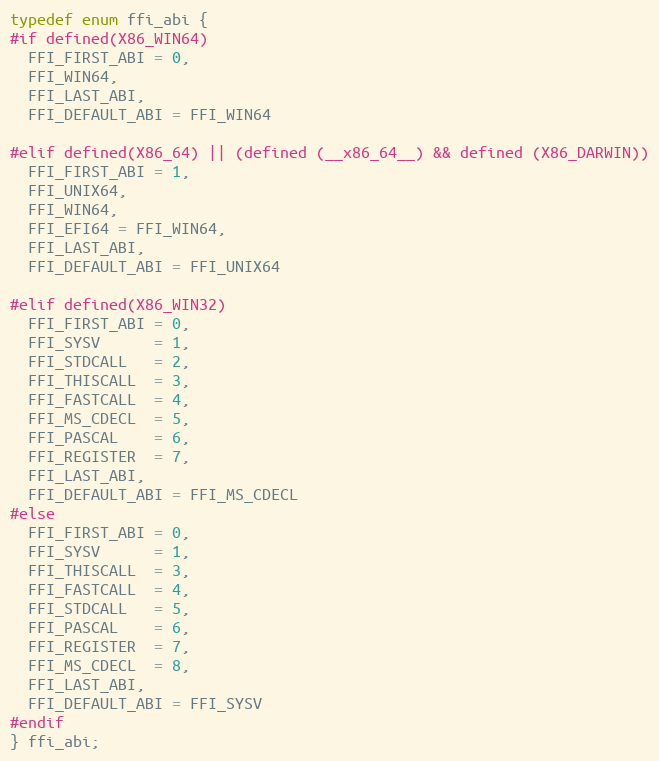
Language: C
typedef enum ffi_abi {
#if defined(X86_WIN64)
  FFI_FIRST_ABI = 0,
  FFI_WIN64,
  FFI_LAST_ABI,
  FFI_DEFAULT_ABI = FFI_WIN64

#elif defined(X86_64) || (defined (__x86_64__) && defined (X86_DARWIN))
  FFI_FIRST_ABI = 1,
  FFI_UNIX64,
  FFI_WIN64,
  FFI_EFI64 = FFI_WIN64,
  FFI_LAST_ABI,
  FFI_DEFAULT_ABI = FFI_UNIX64

#elif defined(X86_WIN32)
  FFI_FIRST_ABI = 0,
  FFI_SYSV      = 1,
  FFI_STDCALL   = 2,
  FFI_THISCALL  = 3,
  FFI_FASTCALL  = 4,
  FFI_MS_CDECL  = 5,
  FFI_PASCAL    = 6,
  FFI_REGISTER  = 7,
  FFI_LAST_ABI,
  FFI_DEFAULT_ABI = FFI_MS_CDECL
#else
  FFI_FIRST_ABI = 0,
  FFI_SYSV      = 1,
  FFI_THISCALL  = 3,
  FFI_FASTCALL  = 4,
  FFI_STDCALL   = 5,
  FFI_PASCAL    = 6,
  FFI_REGISTER  = 7,
  FFI_MS_CDECL  = 8,
  FFI_LAST_ABI,
  FFI_DEFAULT_ABI = FFI_SYSV
#endif
} ffi_abi;